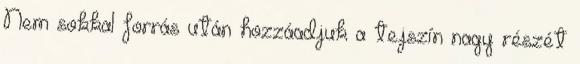
Nem sokkal forrás után hozzáadjuk a tejszín nagy részét